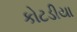
કોટડીયા